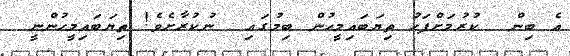
އެ ބިން  ކުރުމަށްފަހު ތިޔަބައިމީހުން ބިމުގައި  ނުކުރާށެވެ! ތިޔަބައިމީހުންނީ